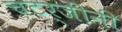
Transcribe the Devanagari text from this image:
चटर्जींनी